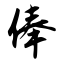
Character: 俸